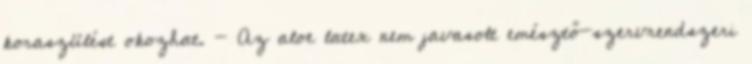
koraszülést okozhat. - Az aloe latex nem javasolt emésztő-szervrendszeri